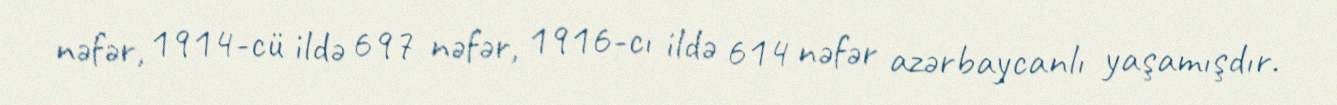
nəfər, 1914-cü ildə 697 nəfər, 1916-cı ildə 614 nəfər azərbaycanlı yaşamışdır.